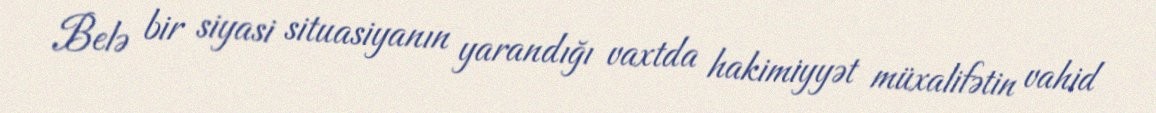
Belə bir siyasi situasiyanın yarandığı vaxtda hakimiyyət müxalifətin vahid